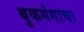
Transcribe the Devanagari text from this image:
बुकगंगाचा